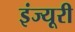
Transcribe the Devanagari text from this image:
इंज्यूरी